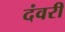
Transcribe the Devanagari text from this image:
दंवरी